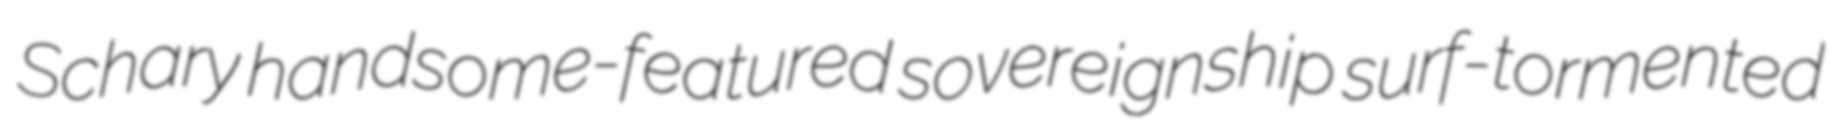
Schary handsome-featured sovereignship surf-tormented